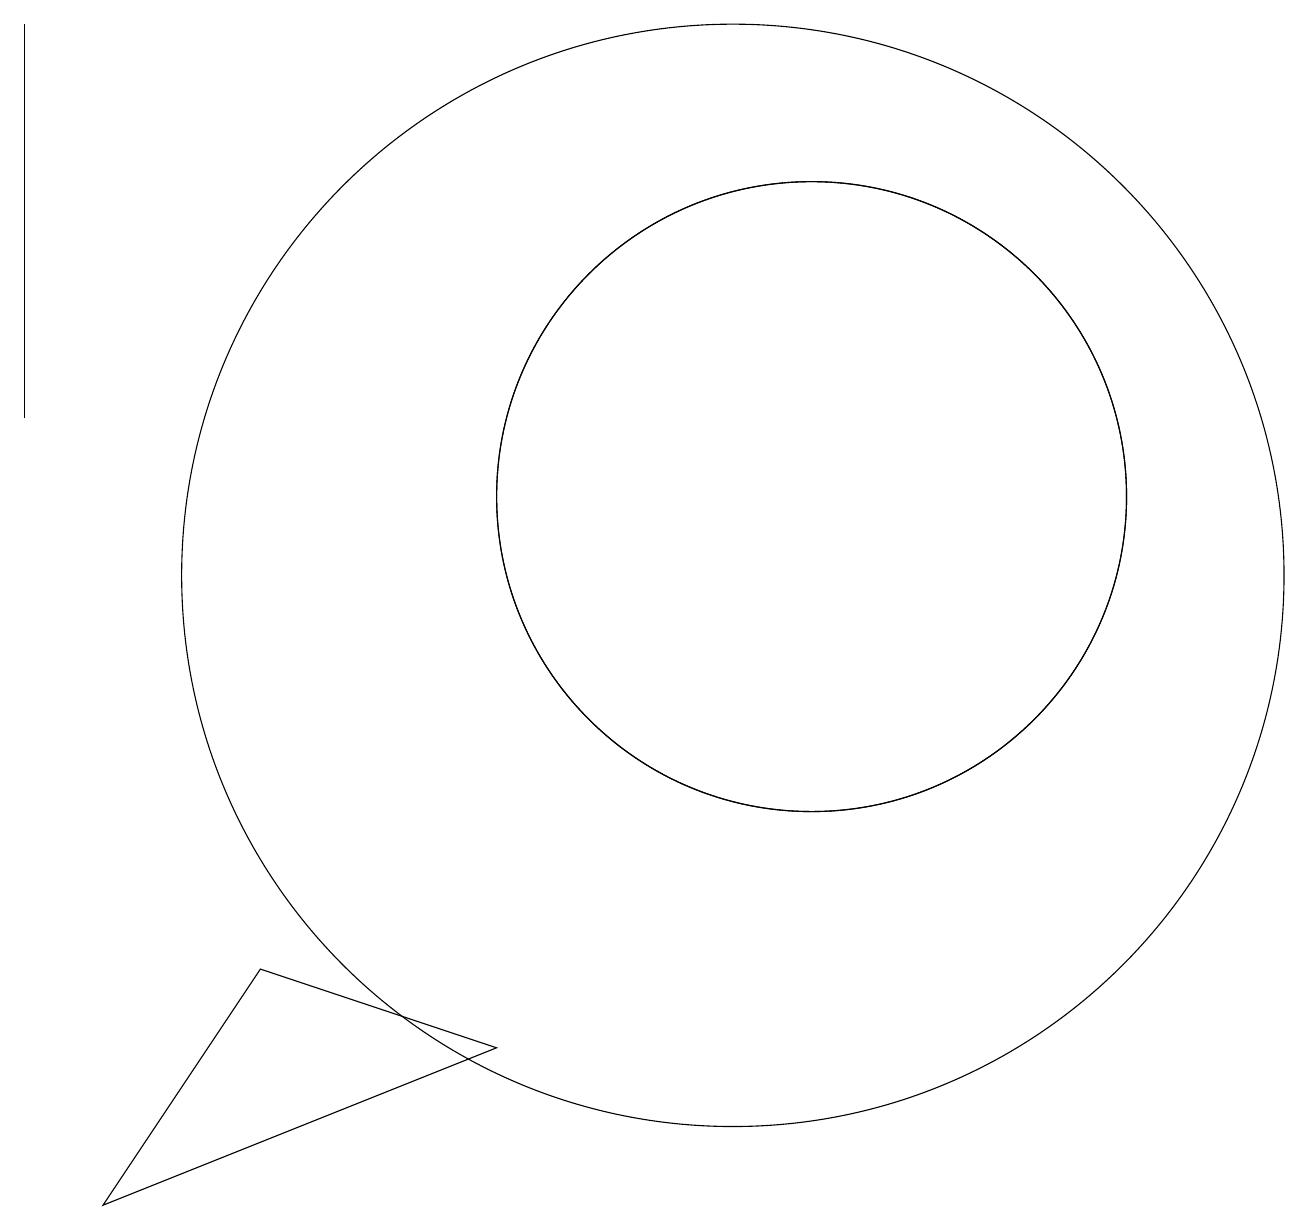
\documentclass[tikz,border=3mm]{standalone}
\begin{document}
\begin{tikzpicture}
\draw (11,11) circle (4);
\draw (1,17) rectangle (1,12);
\draw (10,10) circle (7);
\draw (7,4) -- (2,2) -- (4,5) -- cycle;
\draw (11,11) circle (4);
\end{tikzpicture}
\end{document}